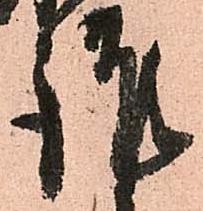
謹